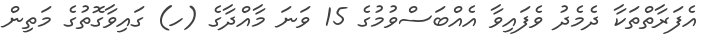
އެފަރާތްތަކާ ދެމެދު ވެފައިވާ އެއްބަސްވުމުގެ 15 ވަނަ މާއްދާގެ (ހ) ގައިވާގޮތުގެ މަތިން